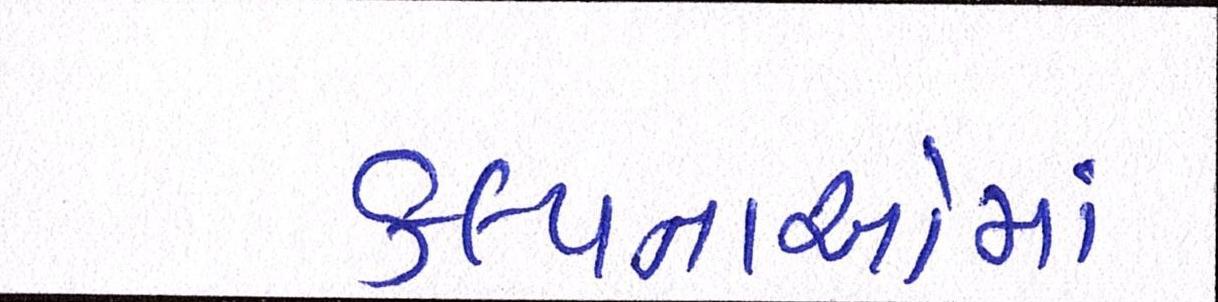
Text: કલ્પનાઓમાં